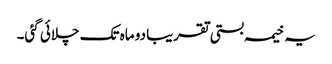
یہ خیمہ بستی تقریبا دو ماہ تک چلائی گئی۔